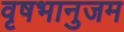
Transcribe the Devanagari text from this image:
वृषभानुजम